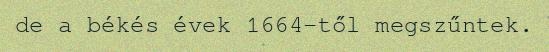
de a békés évek 1664-től megszűntek.